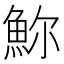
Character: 𩶗